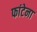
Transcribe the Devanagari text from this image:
फांटेना